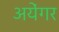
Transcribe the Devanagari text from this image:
अयेंगर